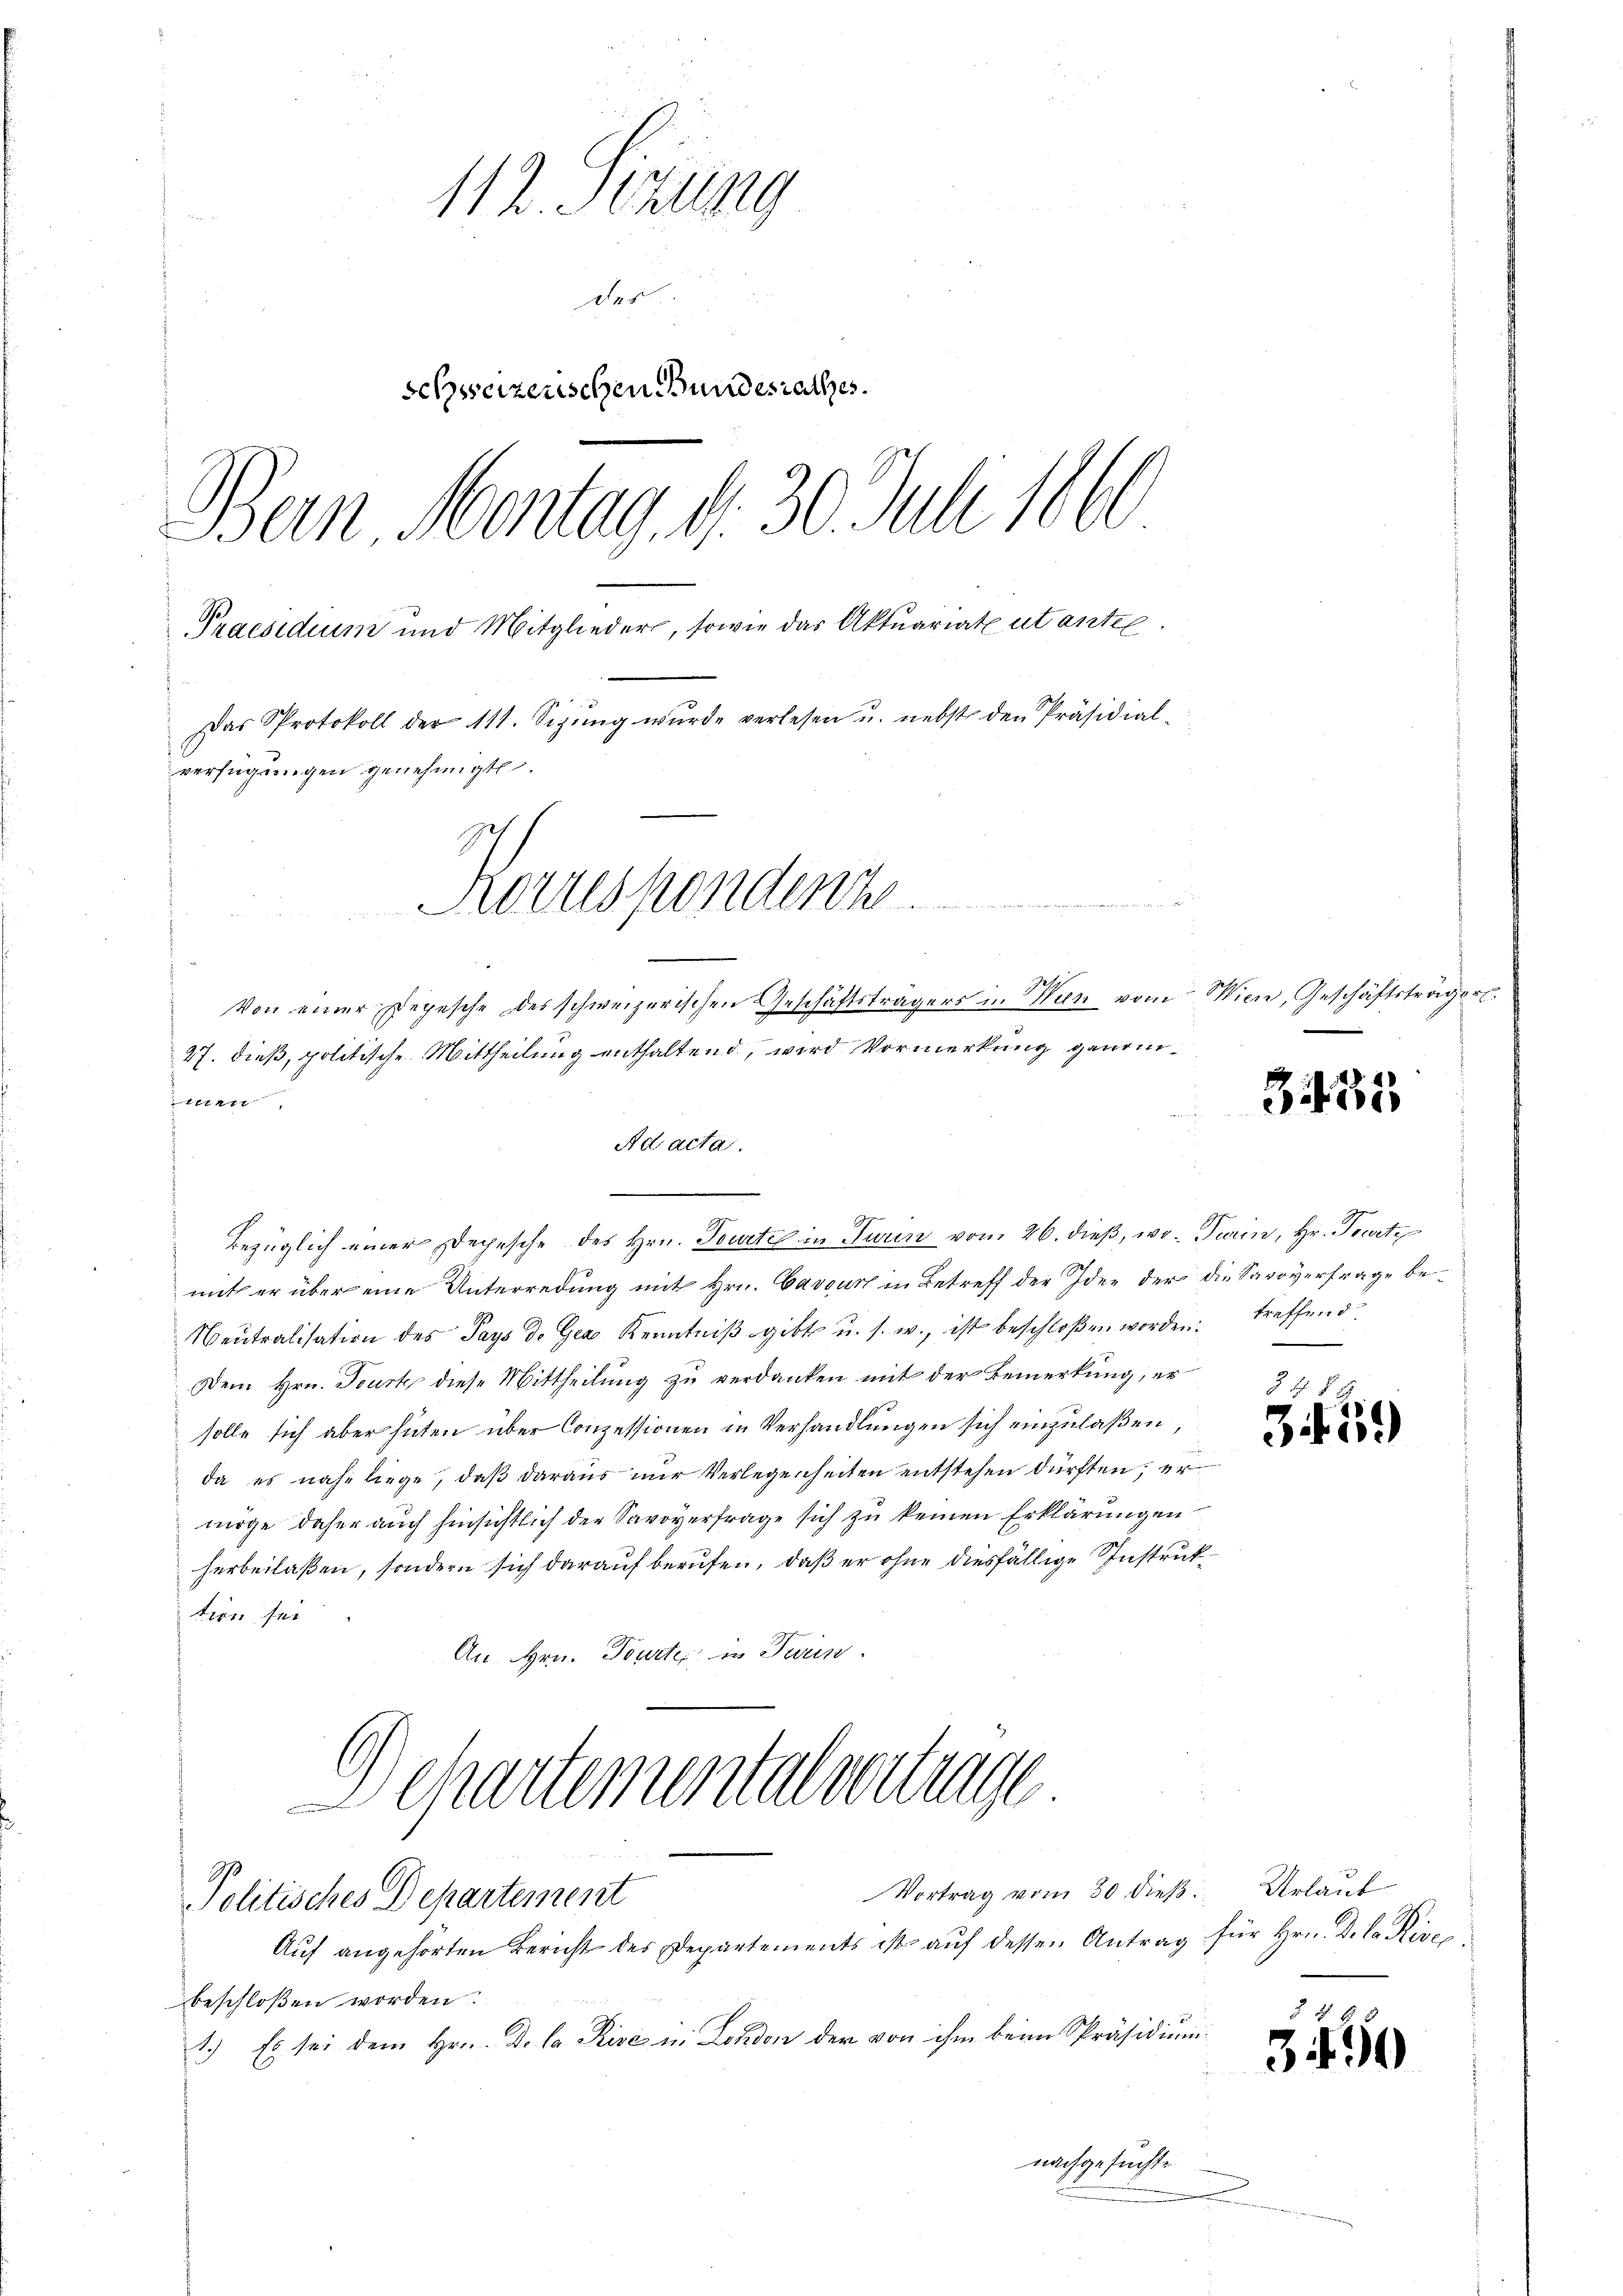
112. Sirung
das
schweizerischen Bundesrathes.
Bein Montag, d. 30. Juli 1860
Praesidium und Mitglieder, sowie das Aktuariat ut antel
Das Protokoll der 111. Sizŭng wurde verlesen u. nebst den Präsidial-
verfügungen genehmigt.
Heruspendenz

Von einer Depesche des schweizerischen Geschäftsträgers in Wien vom Wien, Geschäftsträgerl.
27. dieß, politische Mittheilung enthaltend, wird Vormerkung genom¬

Ad acta.
Bezüglich einer Depesche des Hrn. Tourtel in Turin vom 26. dieß, wo- Turin, Hr. Tourti
mit er über eine Unterredung mit Hrn. Cavourt in Betreff der Idee der die Savoyerfrage be¬
Neutralisation des Pays de Ger Kenntniβ gibt u. s. w., ist beschloßen worden treffend
Dem Hrn. Tourt diese Mittheilung zu verdanken mit der Bemerkung, er
solle sich aber hüten über Conzessionen in Verhandlungen sich einzulaßen,
da es nahe liege, daß daraus nur Verlegenheiten entstehen dürften, er
möge daher auch hinsichtlich der Savoyerfrage sich zu keinen Erklärungen
herbeilaßen, sondern sich darauf berufen, daß er ohne diesfällige Instruktion sei
An Hrn. Tourte, in Turin.

Departementalvertrage
Politisches Departement

Je

Auf angehörten Bericht des Departements ist auf dessen Antrag für Hrn. D. La Rive
beschloßen worden.
1.) Es sei dem Hrn. De la Rise in London der von ihm beim Präsidiumnachgesuchte
n

Vortrag vom 30 dieß Urlaut

335

84 88
345.

3490